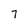
Character: 7